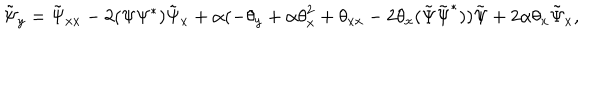
\tilde { \Psi } _ { y } = \tilde { \Psi } _ { x x } - 2 ( \Psi \Psi ^ { * } ) \tilde { \Psi } _ { x } + \alpha ( - { \theta } _ { y } + \alpha { \theta } _ { x } ^ { 2 } + { \theta } _ { x x } - 2 \theta _ { x } ( \tilde { \Psi } \tilde { \Psi } ^ { * } ) ) \tilde { \Psi } + 2 \alpha { \theta } _ { x } \tilde { \Psi } _ { x } ,